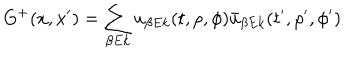
G ^ { + } ( x , x ^ { \prime } ) = \sum _ { \beta E k } u _ { \beta E k } ( t , \rho , \phi ) \bar { u } _ { \beta E k } ( t ^ { \prime } , \rho ^ { \prime } , \phi ^ { \prime } )